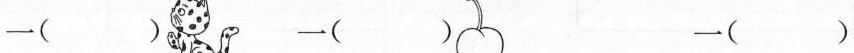
一() 一() 一()